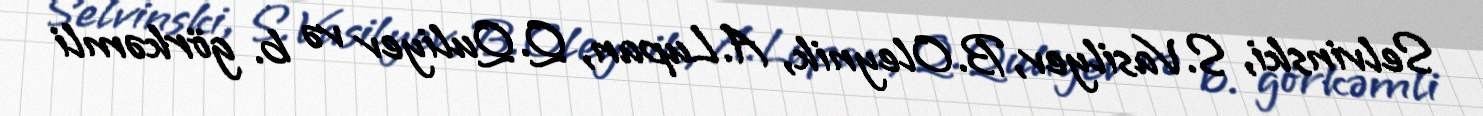
Selvinski, S.Vasilyev, B.Oleynik, A.Lupan, Q.Quliyev və b. görkəmli